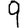
Digit: 9